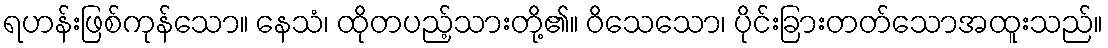
ရဟန်းဖြစ်ကုန်သော။ နေသံ၊ ထိုတပည့်သားတို့၏။ ဝိသေသော၊ ပိုင်းခြားတတ်သောအထူးသည်။